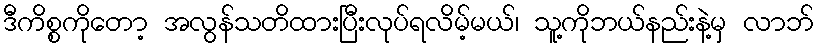
ဒီကိစ္စကိုတော့ အလွန်သတိထားပြီးလုပ်ရလိမ့်မယ်၊ သူ့ကိုဘယ်နည်းနဲ့မှ လာဘ်